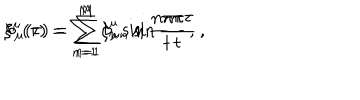
LaTeX: \xi ^ { \mu } ( \tau ) = \sum _ { n = 1 } ^ { M } \xi _ { n } ^ { \mu } \sin \frac { n \pi \tau } { t } \, , \hspace { 1 c m } b _ { \mu } ( \tau ) = \sum _ { n = 1 } ^ { M } b _ { \mu n } \sin \frac { n \pi \tau } { t } \, ,